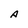
Character: A